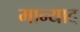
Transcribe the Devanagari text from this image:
मान्याद